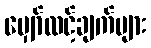
မျှော်လင့်ချက်များ